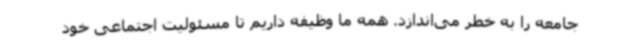
جامعه را به خطر می‌اندازد. همه ما وظیفه داریم تا مسئولیت اجتماعی خود